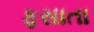
ફસાતા